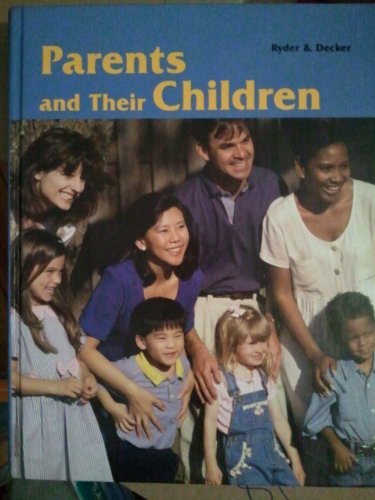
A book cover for Parents and Their Children; Verdene Ryder; Teen & Young Adult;